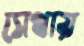
সেথায়